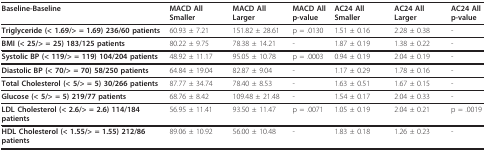
<table><thead><tr><td><b>Baseline-Baseline</b></td><td><b>MACD All Smaller</b></td><td><b>MACD All Larger</b></td><td><b>MACD All p-value</b></td><td><b>AC24 All Smaller</b></td><td><b>AC24 All Larger</b></td><td><b>AC24 All p-value</b></td></tr></thead><tbody><tr><td><b>Triglyceride (&lt; 1.69/&gt; = 1.69) 236/60 patients</b></td><td>60.93 ± 7.21</td><td>151.82 ± 28.61</td><td>p = .0130</td><td>1.51 ± 0.16</td><td>2.28 ± 0.38</td><td>-</td></tr><tr><td><b>BMI (&lt; 25/&gt; = 25) 183/125 patients</b></td><td>80.22 ± 9.75</td><td>78.38 ± 14.21</td><td>-</td><td>1.87 ± 0.19</td><td>1.38 ± 0.22</td><td>-</td></tr><tr><td><b>Systolic BP (&lt; 119/&gt; = 119) 104/204 patients</b></td><td>48.92 ± 11.17</td><td>95.05 ± 10.78</td><td>p = .0003</td><td>0.94 ± 0.19</td><td>2.04 ± 0.19</td><td>-</td></tr><tr><td><b>Diastolic BP (&lt; 70/&gt; = 70) 58/250 patients</b></td><td>64.84 ± 19.04</td><td>82.87 ± 9.04</td><td>-</td><td>1.17 ± 0.29</td><td>1.78 ± 0.16</td><td>-</td></tr><tr><td><b>Total Cholesterol (&lt; 5/&gt; = 5) 30/266 patients</b></td><td>87.77 ± 34.74</td><td>78.40 ± 8.53</td><td>-</td><td>1.63 ± 0.51</td><td>1.67 ± 0.15</td><td>-</td></tr><tr><td><b>Glucose (&lt; 5/&gt; = 5) 219/77 patients</b></td><td>68.76 ± 8.42</td><td>109.48 ± 21.48</td><td>-</td><td>1.54 ± 0.17</td><td>2.04 ± 0.33</td><td>-</td></tr><tr><td><b>LDL Cholesterol (&lt; 2.6/&gt; = 2.6) 114/184 patients</b></td><td>56.95 ± 11.41</td><td>93.50 ± 11.47</td><td>p = .0071</td><td>1.05 ± 0.19</td><td>2.04 ± 0.21</td><td>p = .0019</td></tr><tr><td><b>HDL Cholesterol (&lt; 1.55/&gt; = 1.55) 212/86 patients</b></td><td>89.06 ± 10.92</td><td>56.00 ± 10.48</td><td>-</td><td>1.83 ± 0.18</td><td>1.26 ± 0.23</td><td>-</td></tr></tbody></table>